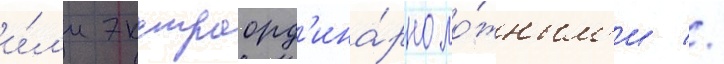
и́л'и экстраорд'ина́рно ло́жным'и //